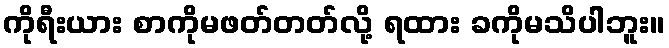
ကိုရီးယား စာကိုမဖတ်တတ်လို့ ရထား ခကိုမသိပါဘူး။